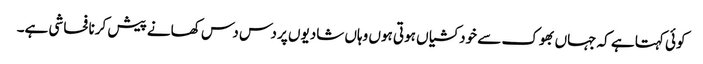
کوئی کہتا ہے کہ جہاں بھوک سے خودکشیاں ہوتی ہوں وہاں شادیوں پر دس دس کھانے پیش کرنا فحاشی ہے۔